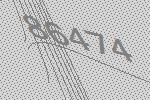
86474